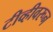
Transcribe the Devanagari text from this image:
टीव्हीवरून